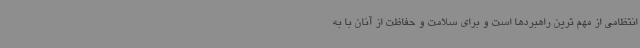
انتظامی از مهم ترین راهبردها است و برای سلامت و حفاظت از آنان با به